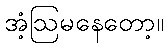
အံ့ဩမနေတော့။